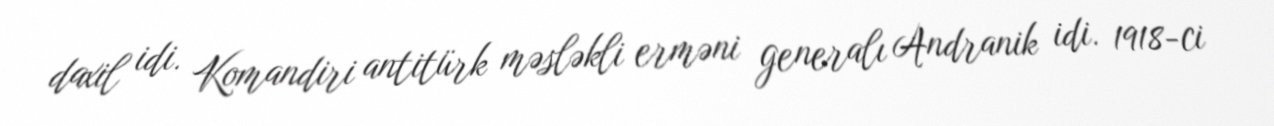
daxil idi. Komandiri antitürk məsləkli erməni generalı Andranik idi. 1918-ci